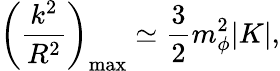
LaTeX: \left(\frac{k^{2}}{R^{2}}\right)_{\mathrm{{max}}}\simeq\frac{3}{2}m_{\phi}^{2}|K|,